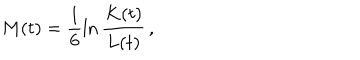
M ( t ) = \frac { 1 } { 6 } \ln \frac { K ( t ) } { L ( t ) } \, ,